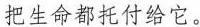
把生命都托付给它。